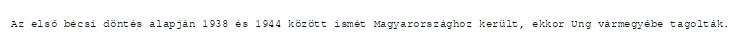
Az első bécsi döntés alapján 1938 és 1944 között ismét Magyarországhoz került, ekkor Ung vármegyébe tagolták.